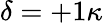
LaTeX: \delta=+1\kappa